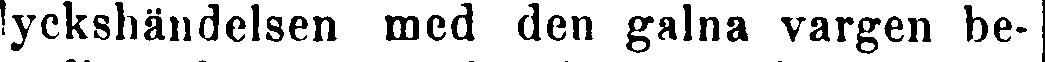
lyckshändelsen med den galna vargen be-